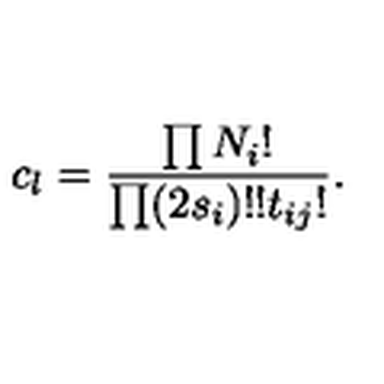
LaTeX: c _ { l } = \frac { \prod N _ { i } ! } { \prod ( 2 s _ { i } ) ! ! t _ { i j } ! } .